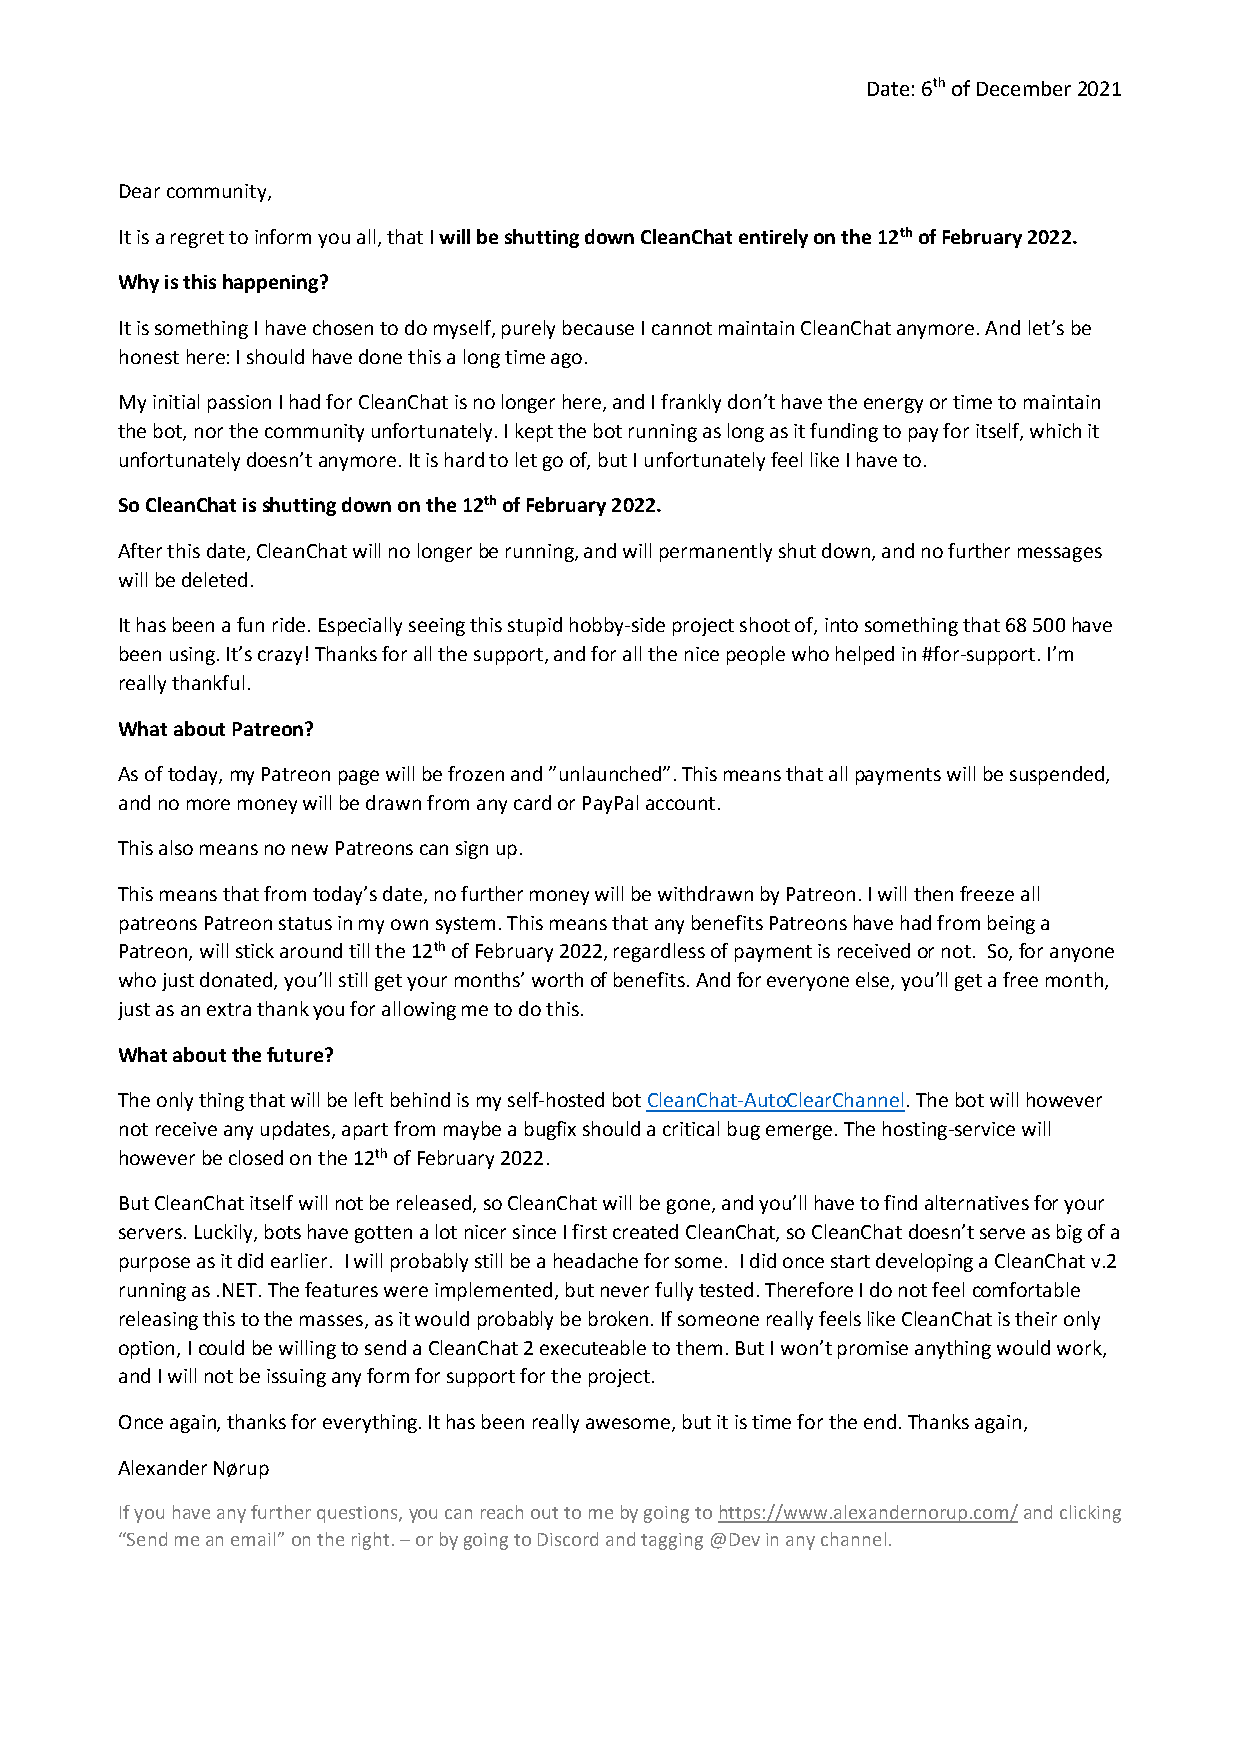
Date: 6th of December 2021
 Dear community,
 It is a regret to inform you all, that I will be shutting down CleanChat entirely on the 12th of February 2022.
 Why is this happening?
 It is something I have chosen to do myself, purely because I cannot maintain CleanChat anymore. And let’s be
 honest here: I should have done this a long time ago.
 My initial passion I had for CleanChat is no longer here, and I frankly don’t have the energy or time to maintain
 the bot, nor the community unfortunately. I kept the bot running as long as it funding to pay for itself, which it
 unfortunately doesn’t anymore. It is hard to let go of, but I unfortunately feel like I have to.
 So CleanChat is shutting down on the 12th of February 2022.
 After this date, CleanChat will no longer be running, and will permanently shut down, and no further messages
 will be deleted.
 It has been a fun ride. Especially seeing this stupid hobby-side project shoot of, into something that 68 500 have
 been using. It’s crazy! Thanks for all the support, and for all the nice people who helped in #for-support. I’m
 really thankful.
 What about Patreon?
 As of today, my Patreon page will be frozen and ”unlaunched”. This means that all payments will be suspended,
 and no more money will be drawn from any card or PayPal account.
 This also means no new Patreons can sign up.
 This means that from today’s date, no further money will be withdrawn by Patreon. I will then freeze all
 patreons Patreon status in my own system. This means that any benefits Patreons have had from being a
 Patreon, will stick around till the 12th of February 2022, regardless of payment is received or not. So, for anyone
 who just donated, you’ll still get your months’ worth of benefits. And for everyone else, you’ll get a free month,
 just as an extra thank you for allowing me to do this.
 What about the future?
 The only thing that will be left behind is my self-hosted bot CleanChat-AutoClearChannel. The bot will however
 not receive any updates, apart from maybe a bugfix should a critical bug emerge. The hosting-service will
 however be closed on the 12th of February 2022.
 But CleanChat itself will not be released, so CleanChat will be gone, and you’ll have to find alternatives for your
 servers. Luckily, bots have gotten a lot nicer since I first created CleanChat, so CleanChat doesn’t serve as big of a
 purpose as it did earlier. I will probably still be a headache for some. I did once start developing a CleanChat v.2
 running as .NET. The features were implemented, but never fully tested. Therefore I do not feel comfortable
 releasing this to the masses, as it would probably be broken. If someone really feels like CleanChat is their only
 option, I could be willing to send a CleanChat 2 executeable to them. But I won’t promise anything would work,
 and I will not be issuing any form for support for the project.
 Once again, thanks for everything. It has been really awesome, but it is time for the end. Thanks again,
 Alexander Nørup
 If you have any further questions, you can reach out to me by going to https://www.alexandernorup.com/ and clicking
 “Send me an email” on the right. – or by going to Discord and tagging @Dev in any channel.